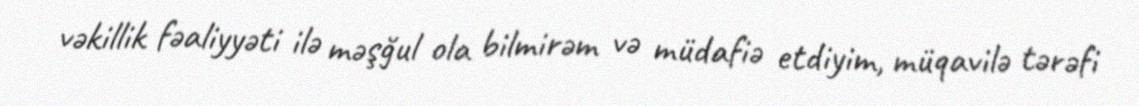
vəkillik fəaliyyəti ilə məşğul ola bilmirəm və müdafiə etdiyim, müqavilə tərəfi